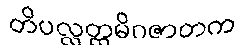
တိပလ္လတ္ထမိဂဇာတက